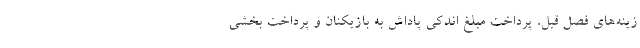
زینه‌های فصل قبل، پرداخت مبلغ اندکی پاداش به بازیکنان و پرداخت بخشی